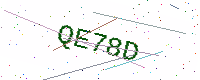
Text: QE78D